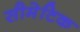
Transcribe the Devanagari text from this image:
सीमेटिक